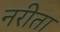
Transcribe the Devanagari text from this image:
नरीता